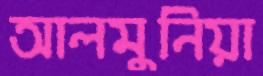
আলমুনিয়া